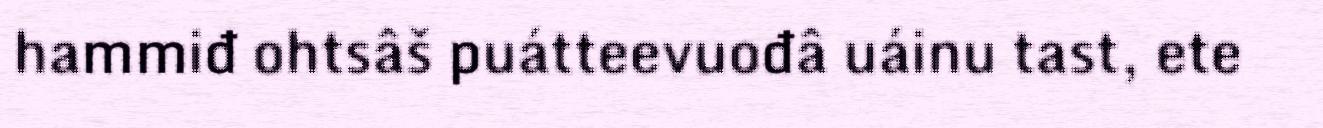
hammiđ ohtsâš puátteevuođâ uáinu tast, ete